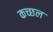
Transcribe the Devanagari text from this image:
कच्छल